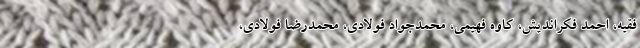
فقیه، احمد فکراندیش، کاوه فهیمی، محمدجواد فولادی، محمدرضا فولادی،